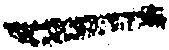
一